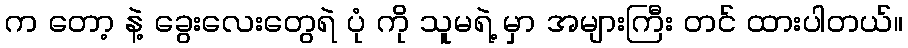
က တော့ နဲ့ ခွေးလေးတွေရဲ ပုံ ကို သူမရဲ့ မှာ အများကြီး တင် ထားပါတယ်။